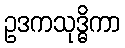
ဥဒကသုဒ္ဓိကာ